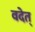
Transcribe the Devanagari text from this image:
वदेत्